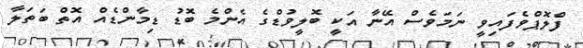
ފްލޮޕްވެފައިވީ ނަމަވެސް އޭނާ އަކީ ބޮލީވުޑްގެ އެންމެ ބޮޑު ޑިމާންޑެއް އޮތް ބަތަލާ